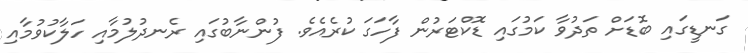
ގަނޑީގައި ބޮޑަށް ތަދުވާ ކަމުގައި ޑޮކްޓަރުން ފާހަގަ ކުރެއެވެ. ފުންނާބުގައި ރެނދުލުމާއި ހަލާކުވުމާއި